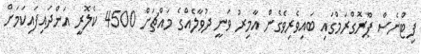
ފިޓްނެސް ޕްރޮގްރަމްގައި ބައިވެރިވެގެން އާމިރު ވަނީ ދުވާލެއްގެ މައްޗަށް 4500 ކެލޮރީ އަންދައިފައިކަމަށް